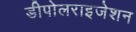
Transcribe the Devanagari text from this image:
डीपोलराइजेशन